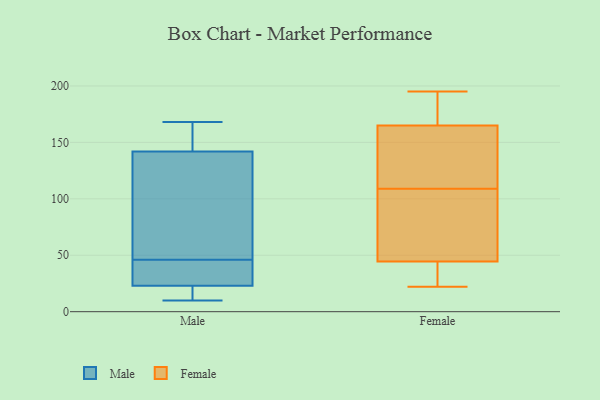
{"axis": {"x": "Conversion Rate (%)", "y": "Value"}, "legend": ["Female", "Male"], "data": [{"x": "", "y": 10, "type": "Male"}, {"x": "", "y": 154, "type": "Male"}, {"x": "", "y": 53, "type": "Male"}, {"x": "", "y": 39, "type": "Male"}, {"x": "", "y": 168, "type": "Male"}, {"x": "", "y": 130, "type": "Male"}, {"x": "", "y": 65, "type": "Male"}, {"x": "", "y": 164, "type": "Male"}, {"x": "", "y": 21, "type": "Male"}, {"x": "", "y": 38, "type": "Male"}, {"x": "", "y": 19, "type": "Male"}, {"x": "", "y": 25, "type": "Male"}, {"x": "", "y": 28, "type": "Female"}, {"x": "", "y": 64, "type": "Female"}, {"x": "", "y": 174, "type": "Female"}, {"x": "", "y": 42, "type": "Female"}, {"x": "", "y": 145, "type": "Female"}, {"x": "", "y": 47, "type": "Female"}, {"x": "", "y": 54, "type": "Female"}, {"x": "", "y": 147, "type": "Female"}, {"x": "", "y": 22, "type": "Female"}, {"x": "", "y": 195, "type": "Female"}, {"x": "", "y": 156, "type": "Female"}, {"x": "", "y": 150, "type": "Female"}, {"x": "", "y": 192, "type": "Female"}, {"x": "", "y": 179, "type": "Female"}, {"x": "", "y": 73, "type": "Female"}, {"x": "", "y": 28, "type": "Female"}]}